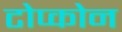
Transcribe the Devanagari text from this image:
टोप्कोन